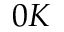
0 K